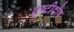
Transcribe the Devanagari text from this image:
दृष्टीदोष